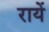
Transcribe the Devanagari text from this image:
रायें